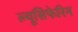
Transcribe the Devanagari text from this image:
ल्यूसिफेरिन